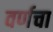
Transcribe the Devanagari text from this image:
वर्णचा